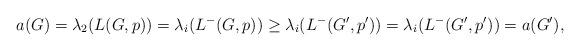
LaTeX: \begin{align*}a(G) = \lambda_2(L(G,p)) = \lambda_i(L^{-}(G,p)) \ge \lambda_i(L^{-}(G',p')) = \lambda_i(L^{-}(G',p')) = a(G'),\end{align*}